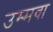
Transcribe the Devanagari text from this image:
उम्मवा